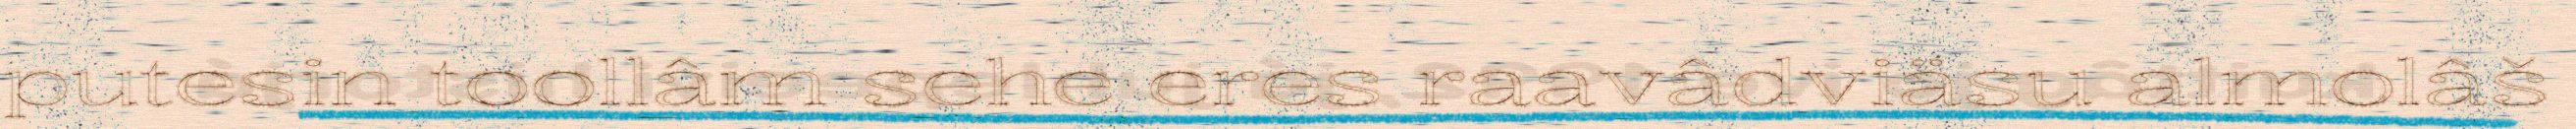
putesin toollâm sehe eres raavâdviäsu almolâš